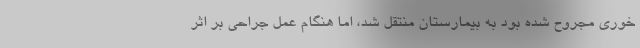
خوری مجروح شده بود به بیمارستان منتقل شد، اما هنگام عمل جراحی بر اثر